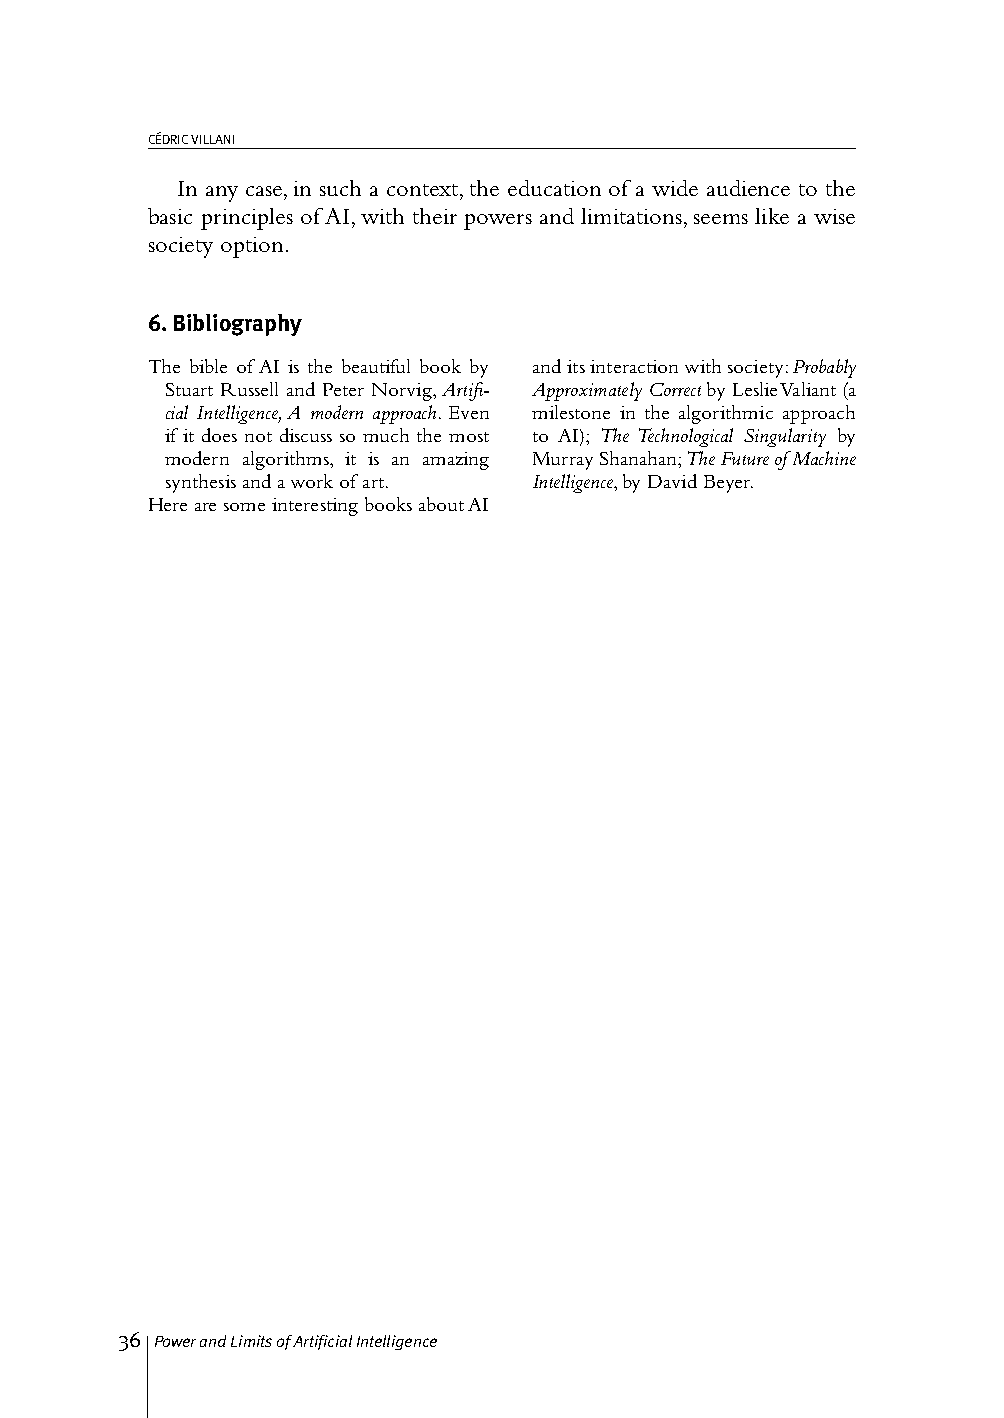
CÉDRIC VILLANI
 In any case, in such a context, the education of a wide audience to the
 basic principles of AI, with their powers and limitations, seems like a wise
 society option.
 6. Bibliography
 The bible of AI is the beautiful book by and its interaction with society: Probably
 Stuart Russell and Peter Norvig, Artifi- Approximately Correct by Leslie Valiant (a
 cial Intelligence, A modern approach. Even milestone in the algorithmic approach
 if it does not discuss so much the most to AI); The Technological Singularity by
 modern algorithms, it is an amazing Murray Shanahan; The Future of Machine
 synthesis and a work of art. Intelligence, by David Beyer.
 Here are some interesting books about AI
 36 Power and Limits of Artificial Intelligence